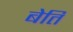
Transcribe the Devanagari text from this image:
बेति